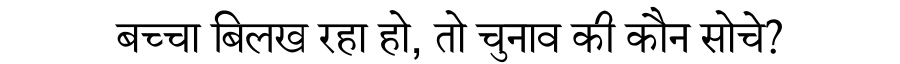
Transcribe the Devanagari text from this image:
बच्चा बिलख रहा हो, तो चुनाव की कौन सोचे?